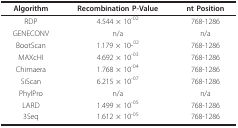
<table><thead><tr><td><b>Algorithm</b></td><td><b>Recombination P-Value</b></td><td><b>nt Position</b></td></tr></thead><tbody><tr><td>RDP</td><td>4.544 × 10<sup>-02</sup></td><td>768-1286</td></tr><tr><td>GENECONV</td><td>n/a</td><td>n/a</td></tr><tr><td>BootScan</td><td>1.179 × 10-<sup>02</sup></td><td>768-1286</td></tr><tr><td>MAXcHI</td><td>4.692 × 10<sup>-03</sup></td><td>768-1286</td></tr><tr><td>Chimaera</td><td>1.768 × 10<sup>-04</sup></td><td>768-1286</td></tr><tr><td>SiScan</td><td>6.215 × 10<sup>-07</sup></td><td>768-1286</td></tr><tr><td>PhylPro</td><td>n/a</td><td>n/a</td></tr><tr><td>LARD</td><td>1.499 × 10<sup>-05</sup></td><td>768-1286</td></tr><tr><td>3Seq</td><td>1.612 × 10<sup>-05</sup></td><td>768-1286</td></tr></tbody></table>